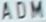
ADM